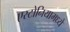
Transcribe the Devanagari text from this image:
एस्टोनियामध्ये